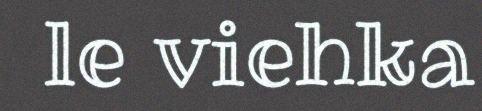
le viehka